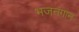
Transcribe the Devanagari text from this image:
भजनगान